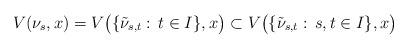
LaTeX: \begin{align*}V(\nu_s,x) = V \big( \{\tilde\nu_{s,t}: \, t\in I\} , x \big) \subset V \big( \{\tilde\nu_{s,t}: \, s,t\in I\}, x \big)\end{align*}